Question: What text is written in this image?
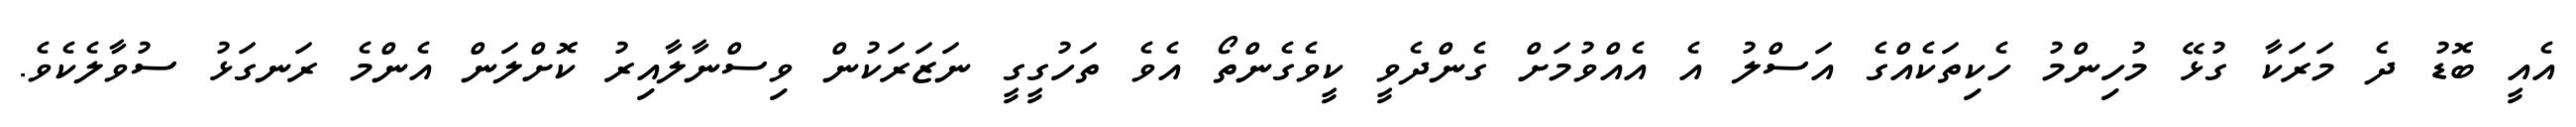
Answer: އެއީ ބޮޑު ދެ މަރަކާ ގުޅޭ މުހިންމު ހެކިތަކެއްގެ އަސްލު އެ އެއްވުމަށް ގެންދެވީ ކީވެގެންތޯ އެވެ ތަހުގީގީ ނަޒަރަކުން ވިސްނާލާއިރު ކޮށްލަން އެންމެ ރަނގަޅު ސުވާލެކެވެ.